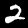
Digit: 2